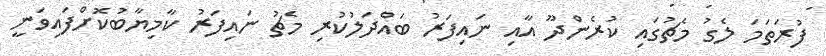
ފުރަތަމަ ލެގު މެޗުގައި ކުރެންދޫ އާއި ނައިފަރު ބައްދަލުކުރި މެޗު ނައިފަރު ކާމިޔާބުކޮށްފައިވަނީ